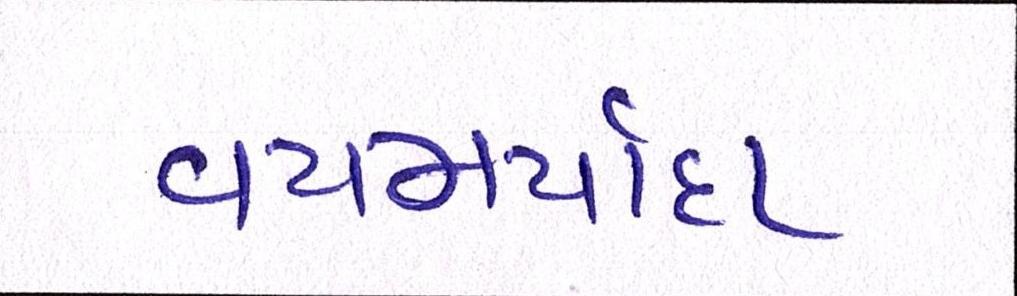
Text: વયમર્યાદા